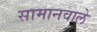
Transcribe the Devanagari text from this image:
सामानवाले